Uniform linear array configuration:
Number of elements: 24
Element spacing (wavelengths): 0.25
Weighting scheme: cosine
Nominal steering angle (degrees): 0
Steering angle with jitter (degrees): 0.4157
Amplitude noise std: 0.05
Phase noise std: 0.05

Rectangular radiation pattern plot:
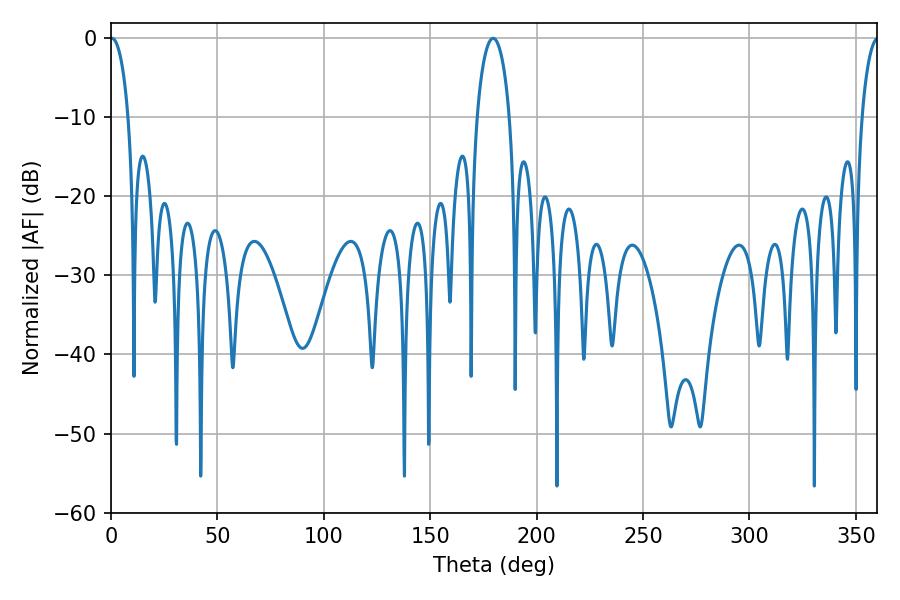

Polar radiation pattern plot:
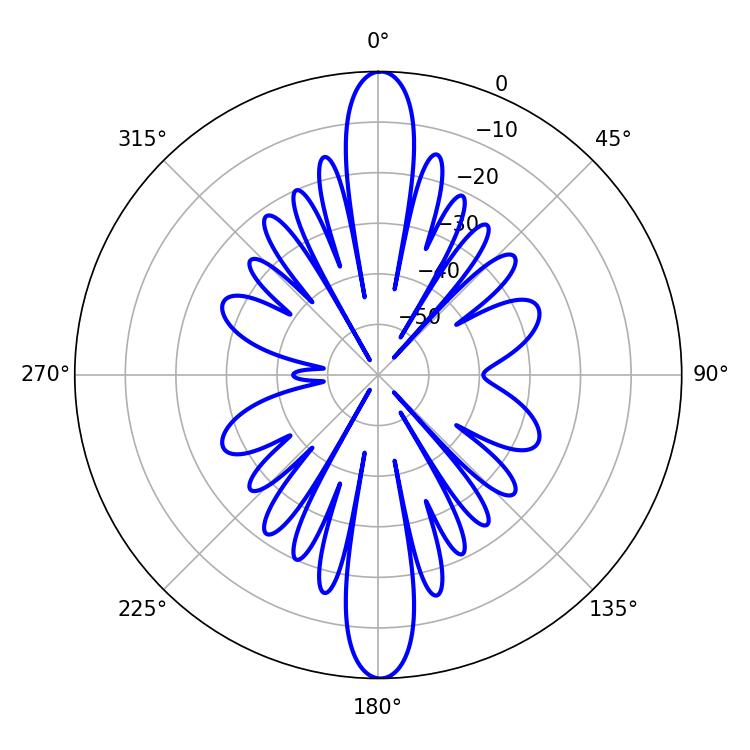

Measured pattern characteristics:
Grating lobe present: FALSE
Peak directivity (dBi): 28.314
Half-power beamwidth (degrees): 4.86
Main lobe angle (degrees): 0.36